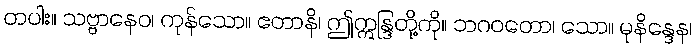
တပါး။ သဗ္ဗာနေဝ၊ ကုန်သော။ ဧတာနိ၊ ဤဣန္ဒြတို့ကို။ ဘဂဝတော၊ သော။ မုနိန္ဒေန၊